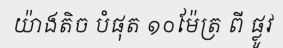
យ៉ាងតិច បំផុត ១០ម៉ែត្រ ពី ផ្លូវ